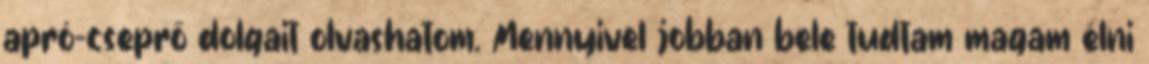
apró-cseprő dolgait olvashatom. Mennyivel jobban bele tudtam magam élni